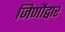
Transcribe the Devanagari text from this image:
जिर्णोद्वार